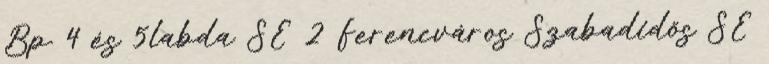
Bp. 4 és 5labda SE 2 Ferencváros Szabadidős SE